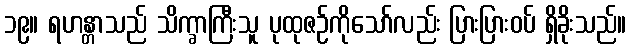
၁၉။ ရဟန္တာသည် သိက္ခာကြီးသူ ပုထုဇဉ်ကိုသော်လည်း ပြားပြားဝပ် ရှိခိုးသည်။